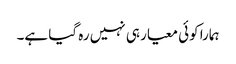
ہمارا کوئی معیار ہی نہیں رہ گیا ہے۔